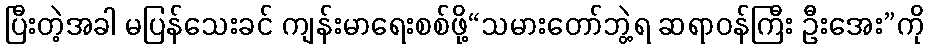
ပြီးတဲ့အခါ မပြန်သေးခင် ကျန်းမာရေးစစ်ဖို့“သမားတော်ဘွဲ့ရ ဆရာဝန်ကြီး ဦးအေး”ကို